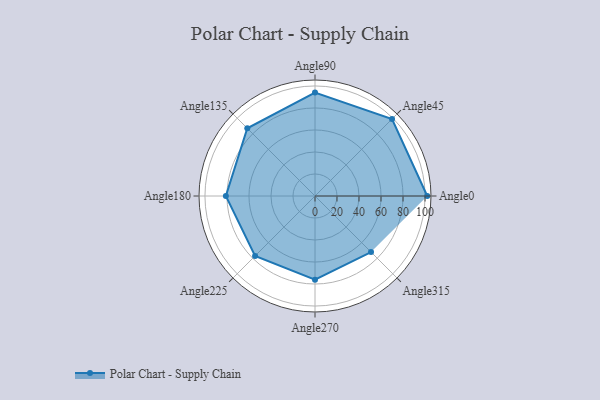
{"axis": {"x": "Angle", "y": "Radius"}, "legend": [""], "data": [{"x": "Angle0", "y": 102.0, "type": ""}, {"x": "Angle45", "y": 99.0, "type": ""}, {"x": "Angle90", "y": 94.0, "type": ""}, {"x": "Angle135", "y": 87.0, "type": ""}, {"x": "Angle180", "y": 81.0, "type": ""}, {"x": "Angle225", "y": 77.0, "type": ""}, {"x": "Angle270", "y": 76.0, "type": ""}, {"x": "Angle315", "y": 72.0, "type": ""}]}